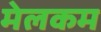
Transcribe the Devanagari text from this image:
मेलकम